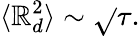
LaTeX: \langle\mathbb{R}_{d}^{2}\rangle\sim{\sqrt{}{{\tau}}}.